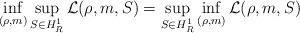
LaTeX: \begin{align*}\inf_{(\rho,m)}\sup_{S\in H^1_R}\mathcal L(\rho,m,S)=\sup_{S \in H^1_R}\inf_{(\rho,m)}\mathcal L(\rho,m,S)\end{align*}